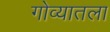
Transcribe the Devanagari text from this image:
गोव्यातला